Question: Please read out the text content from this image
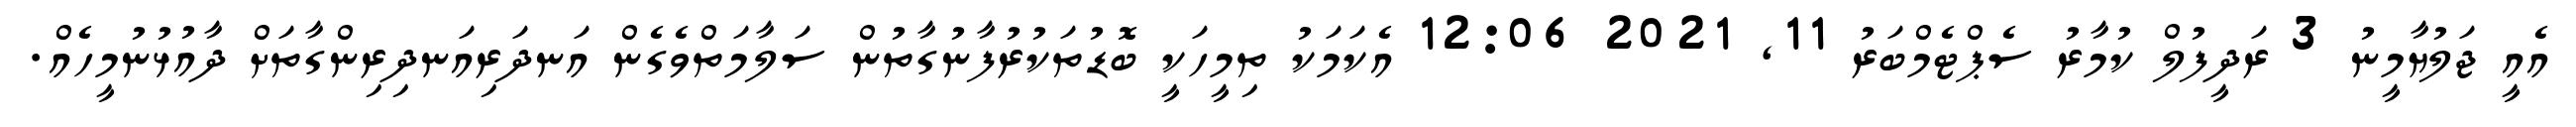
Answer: އެއީ ޖަލުޔާމީނު 3 ރަދީފުލް ކުމާރު ސެޕްޓެމްބަރު 11, 2021 12:06 އެކަމަކު ތިމީހަކީ ބޮޑުތަކުރުފާނުގާތުން ސަލާމަތްވެގެން އަނދަރިއަނދިރިންގާތަށް ދާއުޅުނުމީހެއް.